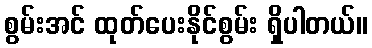
စွမ်းအင် ထုတ်ပေးနိုင်စွမ်း ရှိပါတယ်။